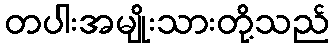
တပါးအမျိုးသားတို့သည်